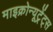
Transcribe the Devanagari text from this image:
माइक्रोन्यूट्रेंट्स